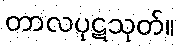
တာလပုဋသုတ်။